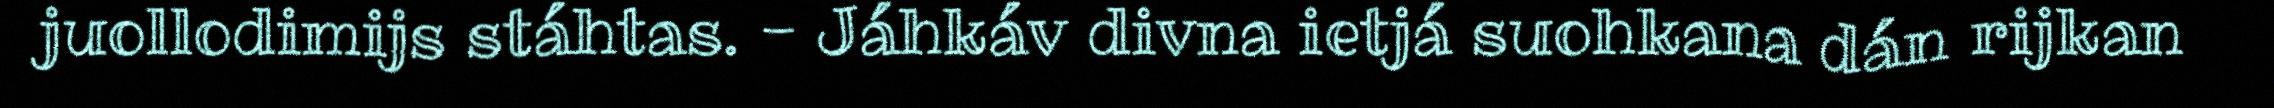
juollodimijs stáhtas. - Jáhkáv divna ietjá suohkana dán rijkan